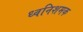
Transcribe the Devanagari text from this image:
ध्वनिशमक